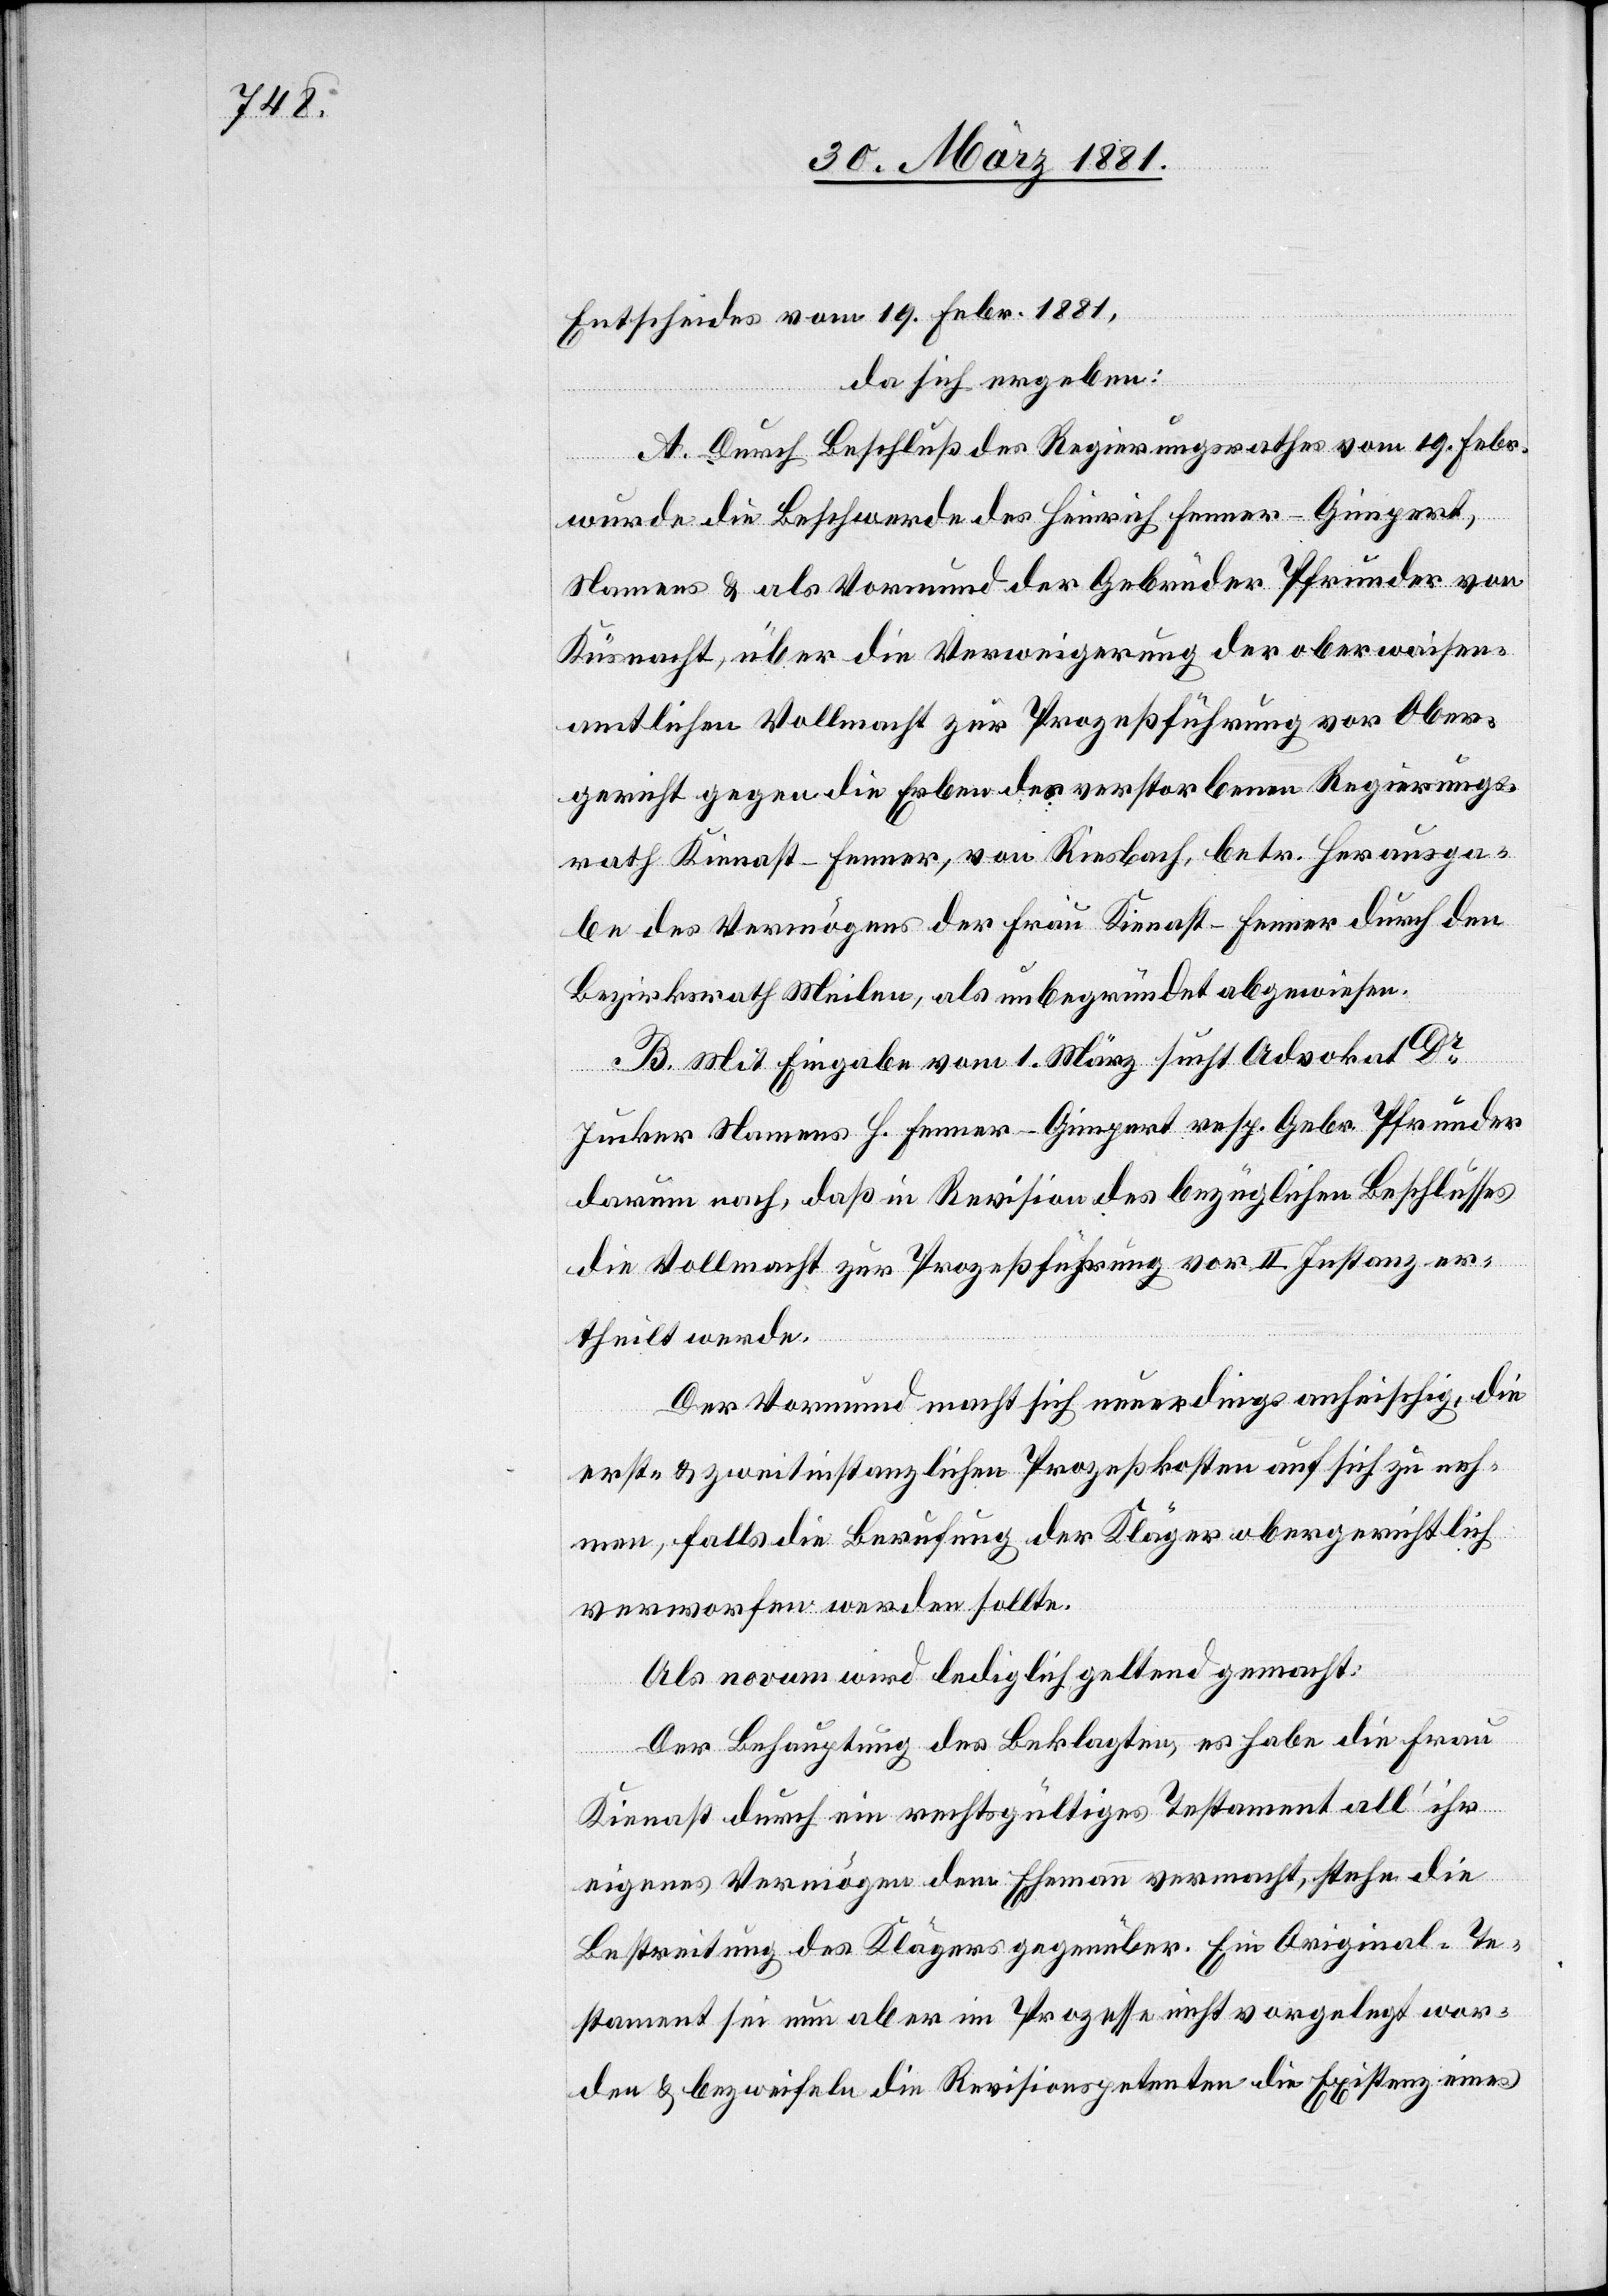
Entscheides vom 19. Febr. 1881,
da sich ergeben:
A. Durch Beschluß des Regierungsrathes vom 19. Febr.
wurde die Beschwerde des Heinrich Fenner-Gimpert,
Namens & als Vormund der Gebrüder Pfrunder von
Küsnacht, über die Verweigerung der oberwaisen¬
amtlichen Vollmacht zur Prozeßführung vor Ober¬
gericht gegen die Erben des verstorbenen Regierungs¬
rath Kienast-Fenner, von Riesbach, betr. Herausga¬
be des Vermögens der Frau Kienast-Fenner durch den
Bezirksrath Meilen, als unbegründet abgewiesen.
B. Mit Eingabe vom 1. März sucht Advokat Dr
Jucker Namens H. Fenner-Gimpert resp. Gebr. Pfrunder
darum nach, daß in Revision des bezüglichen Beschlusses
die Vollmacht zur Prozeßführung vor II. Instanz er¬
theilt werde.
Der Vormund macht sich neuerdings anheischig, die
erst- & zweitinstanzlichen Prozeßkosten auf sich zu neh¬
men, falls die Berufung der Kläger obergerichtlich
verworfen werden sollte.
Als novum wird lediglich geltend gemacht:
Der Behauptung des Beklagten, es habe die Frau
Kienast durch ein rechtsgültiges Testament all‘ ihr
eigenes Vermögen dem Ehemann vermacht, stehe die
Bestreitung des Klägers gegenüber. Ein Original-Te¬
stament sei nun aber im Prozesse nicht vorgelegt wor¬
den & bezweifeln die Revisionspetenten die Existenz eines